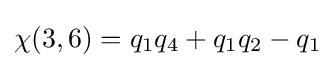
\chi (3,6)=q_{1}q_{4}+q_{1}q_{2}-q_{1}